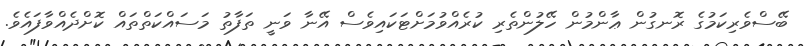
ބޭސްވެރިކަމުގެ ރޮނގުން ޢާންމުން ހޭލުންތެރި ކުރެއްވުމަށްޓަކައިވެސް އޭނާ ވަނީ ތަފާތު މަސައްކަތްތައް ކޮށްދެއްވާފައެވެ.